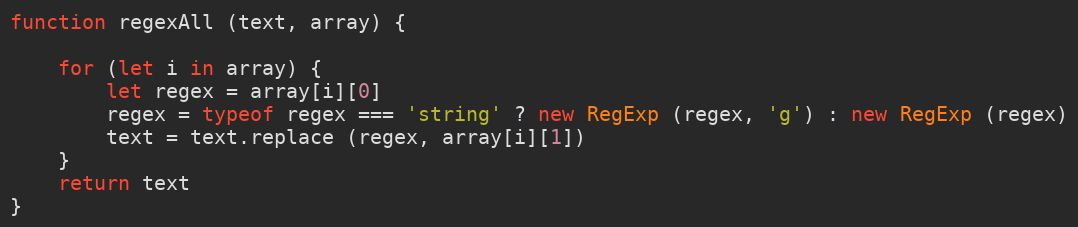
Language: JavaScript
function regexAll (text, array) {

    for (let i in array) {
        let regex = array[i][0]
        regex = typeof regex === 'string' ? new RegExp (regex, 'g') : new RegExp (regex)
        text = text.replace (regex, array[i][1])
    }
    return text
}